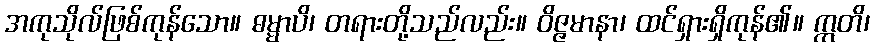
အကုသိုလ်ဖြစ်ကုန်သော။ ဓမ္မာပိ၊ တရားတို့သည်လည်း။ ဝိဇ္ဇမာနာ၊ ထင်ရှားရှိကုန်၏။ ဣတိ၊